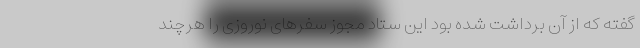
گفته که از آن برداشت شده بود این ستاد مجوز سفرهای نوروزی را هرچند